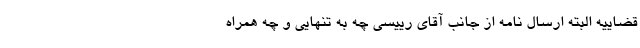
قضاییه البته ارسال نامه از جانب آقای رییسی چه به تنهایی و چه همراه